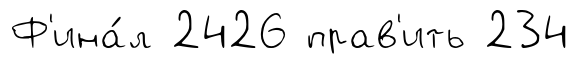
Ф'ина́л 2426 прав'ить 234